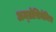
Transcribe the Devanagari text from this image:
अम्व्रोसियेविच